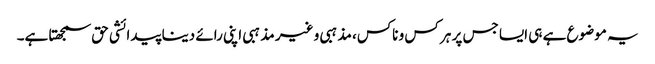
یہ موضوع ہے ہی ایسا جس پر ہر کس و ناکس، مذہبی و غیر مذہبی اپنی رائے دینا پیدائشی حق سمجھتا ہے۔